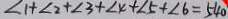
\angle 1 + \angle 2 + \angle 3 + \angle 4 + \angle 5 + \angle 6 = 5 4 0